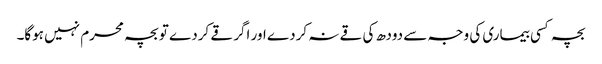
بچہ کسی بیماری کی وجہ سے دودھ کی قے نہ کردے اور اگر قے کردے تو بچہ محرم نہیں ہوگا۔